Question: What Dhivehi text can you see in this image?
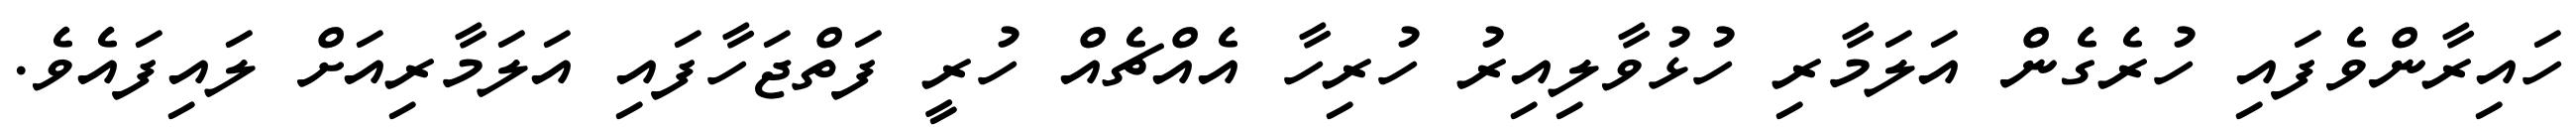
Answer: ހައިރާންވެފައި ހުރެގެން އަލަމާރި ހުޅުވާލިއިރު ހުރިހާ އެއްޗެއް ހުރީ ފަތްޖަހާފައި އަލަމާރިއަށް ލައިފައެވެ.